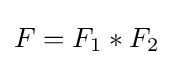
F=F_{1}\ast F_{2}